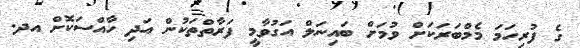
ގެ ފުރިހަމަ މެމްބަރަކަށް ވުމަށް ބައިނަލް އަގުވާމީ ފަރާތްތަކުން އަދި ހާއްސަކޮށް އދ.